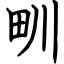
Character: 甽